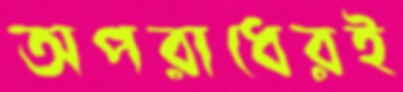
অপরাধেরই